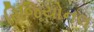
રિજિયોનલ